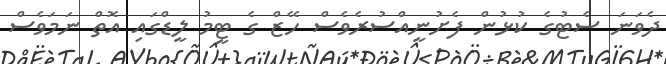
ދެވަނަ ސެޓުގެ ކުޅުން ފެށުނީއްސުރެވެސް ހޭޒް ގެ ޓީމު ލީޑްގައި އޮތް ނަމަވެސް